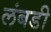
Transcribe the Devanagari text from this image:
लंबडी